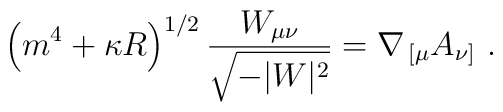
\left(m^4+\kappa R\right)^{1/2}{W_{\mu\nu}\over\sqrt{-|W|^2}}	=\nabla_{\,[\mu} A_{\nu]}\ .